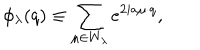
LaTeX: \phi _ { \lambda } ( q ) \equiv \sum _ { \mu \in W _ { \lambda } } e ^ { 2 i a \mu \cdot q } ,